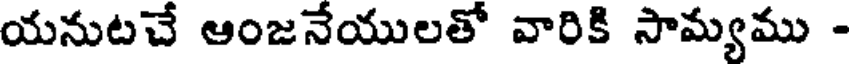
యనుటచే ఆంజనేయులతో వారికి సామ్యము -